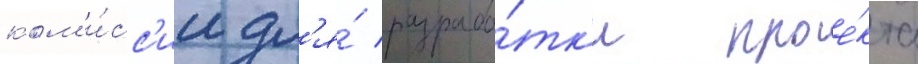
ком'и́сс'ии дл'я́ разрабо́тк'и прое́кта